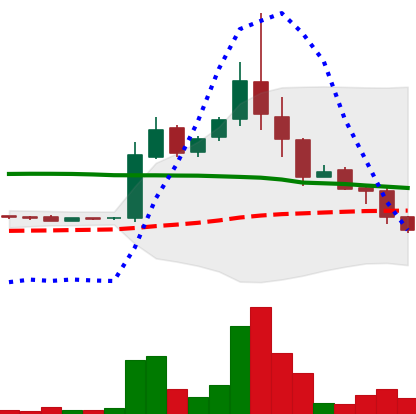
Ticker: LTC-USD
Chart end date: 2015-11-11
Forward return: 7.411%
Label: up_7plus